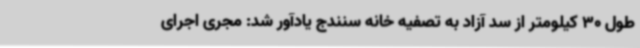
طول 30 کیلومتر از سد آزاد به تصفیه خانه سنندج یادآور شد: مجری اجرای